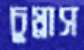
চুম্‌রাস